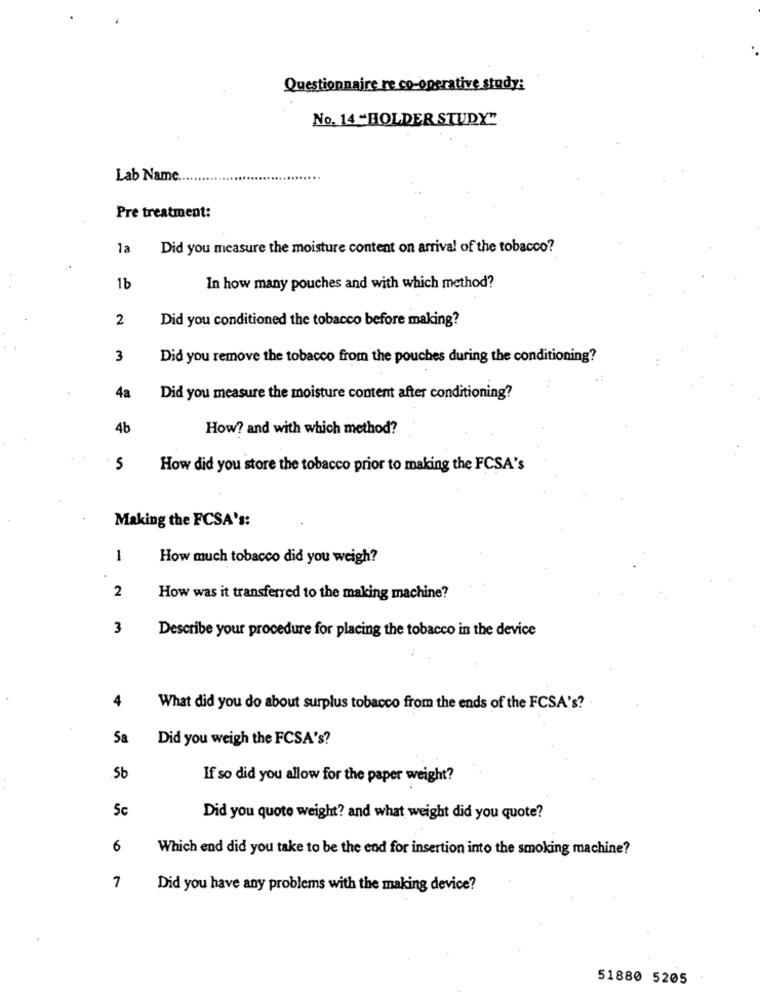
Questionnaire re co-operative study:
No. 14 "HOLDER STUDY"
Lab Name.
Pre treatment:
1a
Did you measure the moisture content on arrival of the tobacco?
1b
In how many pouches and with which method?
2
Did you conditioned the tobacco before making?
3
Did you remove the tobacco from the pouches during the conditioning?
4a
Did you measure the moisture content after conditioning?
4b
How? and with which method?
5
How did you store the tobacco prior to making the FCSA's
Making the FCSA's:
1
How much tobacco did you weigh?
2
How was it transferred to the making machine?
3
Describe your procedure for placing the tobacco in the device
4
What did you do about surplus tobacco from the ends of the FCSA's?
Sa
Did you weigh the FCSA's?
5b
If so did you allow for the paper weight?
5c
Did you quote weight? and what weight did you quote?
6
Which end did you take to be the end for insertion into the smoking machine?
7
Did you have any problems with the making device?
51880 5205